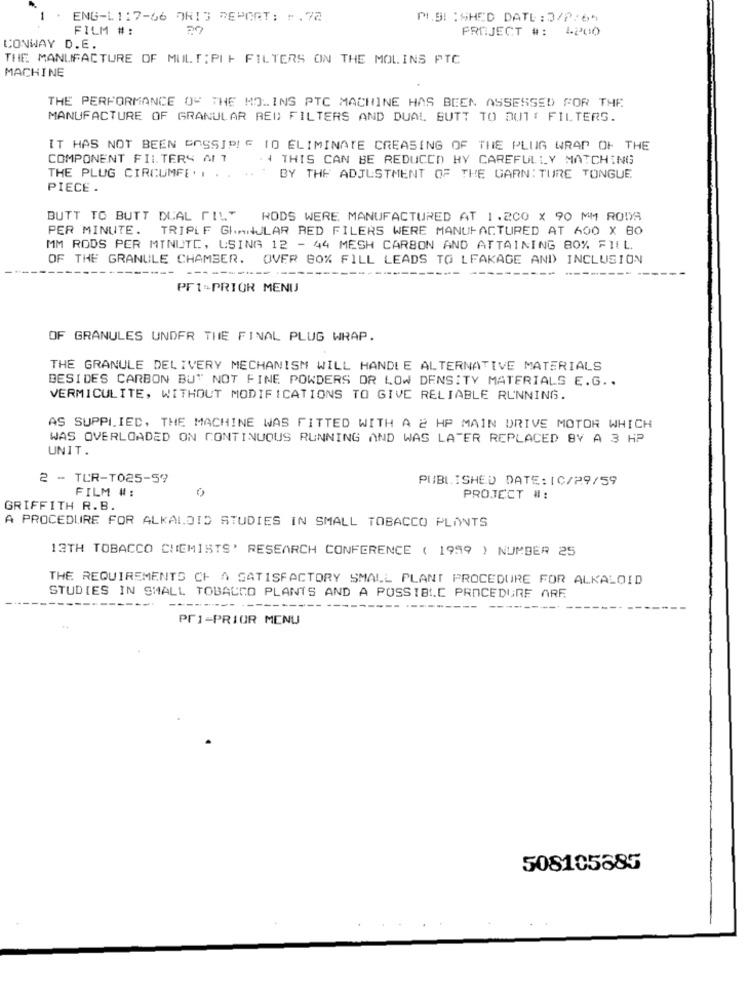
ENG-L117-66 ORIS REPORT: 1 .72
MI.SI : SHED DATE : 3/2/65
FILM #:
PROJECT #: 4200
CONWAY D.E.
THE MANUFACTURE OF MULTIPLE FILTERS ON THE MOLINS PTC
MACHINE
THE PERFORMANCE OF THE MOLINS PTC MACHINE HAS BEEN ASSESSED FOR THE
MANUFACTURE OF GRANULAR RED FILTERS AND DUAL BUTT TO DUT{ FILTERS.
IT HAS NOT BEEN GOSSIP! E 10 ELIMINATE CREASING OF THE PLUG WRAP OF THE
COMPONENT FILTERS AIT
THIS CAN BE REDUCED HY CAREFULLY MATCHING
THE PLUG CIRCUMFE. . ..
BY THE ADJUSTMENT OF THE GARNITURE TONGUE,
PIECE .
BUTT TO BUTT DUAL FILT
RODS WERE MANUFACTURED AT 1.200 x 90 MM RODS
PER MINUTE.
TRIPLF GhANULAR BED FILERS WERE MANUFACTURED AT 600 X 80
MM RODS PER MINUTE, USING 12 - 44 MESH CARBON AND ATTAINING 80% FILL
OF THE GRANULE CHAMBER. OVER 80% FILL LEADS TO LEAKAGE AND INCLUSION
PF1-PRIOR MENU
OF GRANULES UNDER THE FINAL PLUG WRAP.
THE GRANULE DELIVERY MECHANISM WILL HANDLE ALTERNATIVE MATERIALS
BESIDES CARBON BU" NOT FINE POWDERS OR LOW DENSITY MATERIALS E.G ..
VERMICULITE, WITHOUT MODIFICATIONS TO GIVE RELIABLE RUNNING.
AS SUPPLIED, THE MACHINE WAS FITTED WITH A 2 HP MAIN DRIVE MOTOR WHICH
WAS OVERLOADED ON CONTINUOUS RUNNING AND WAS LATER REPLACED BY A 3 HP
UNIT.
2 - TUR-T025-59
PUBLISHED DATE: IC/29/59
FILM #:
PROJECT #:
GRIFFITH R.B.
A PROCEDURE FOR ALKALOID STUDIES IN SMALL TOBACCO PLANTS
13TH TOBACCO CHEMISTS' RESEARCH CONFERENCE ( 1999 ) NUMBER 25
THE REQUIREMENTS CH A SATISFACTORY SMALL PLANT PROCEDURE FOR ALKALOID
STUDIES IN SMALL TOBACCO PLANTS AND A POSSIBLE PROCEDURE ARF
PF1-PRIOR MENU
508105685